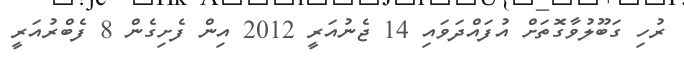
ރުހި ގަބޫލުވާގޮތަށް އުފައްދަވައި 14 ޖެނުއަރީ 2012 އިން ފެށިގެން 8 ފެބްރުއަރީ